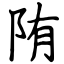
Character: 陏